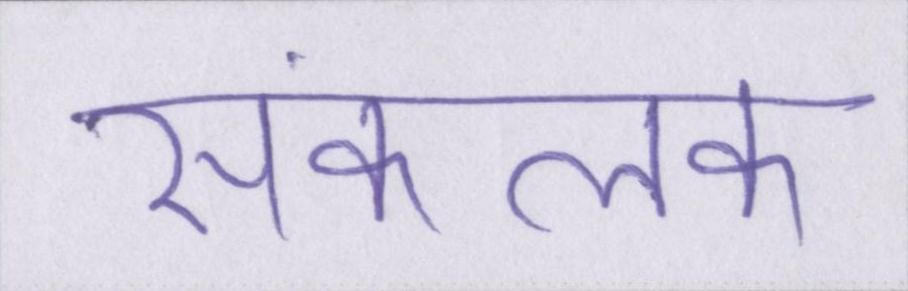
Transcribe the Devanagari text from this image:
संकलक